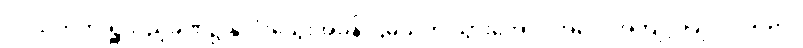
ဝင်သက်ကို ရှူသည့်ခဏ၌ နှလုံးသွေးအခုန် ငြိမ်သက် သွားအောင် အလေ့အကျင့် ပြုလုပ်သည်။